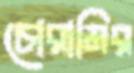
চোরামির